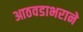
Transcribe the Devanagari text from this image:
आठवडाभराने